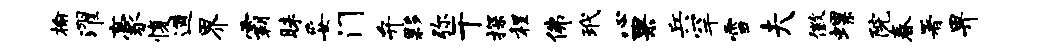
榆濯豪愎遒界霸昧妥门弁夥弥干探程佛玳心果兵罕雪夫徽螺院春署畀